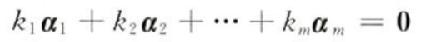
\[ k_1 \boldsymbol{\alpha}_1 + k_2 \boldsymbol{\alpha}_2 + \cdots + k_m \boldsymbol{\alpha}_m = \boldsymbol{0} \]